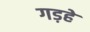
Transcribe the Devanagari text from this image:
गड़हे